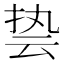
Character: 𮲐